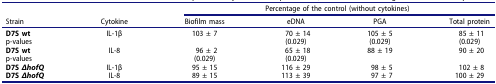
<table><thead><tr><td><b> </b></td><td><b> </b></td><td colspan="4"><b>Percentage of the control (without cytokines)</b></td></tr><tr><td><b>Strain</b></td><td><b>Cytokine</b></td><td><b>Biofilm mass</b></td><td><b>eDNA</b></td><td><b>PGA</b></td><td><b>Total protein</b></td></tr></thead><tbody><tr><td><b>D7S wt</b></td><td>IL-1β</td><td>103 ± 7</td><td>70 ± 14</td><td>105 ± 5</td><td>85 ± 11</td></tr><tr><td>p-values</td><td> </td><td> </td><td>(0.029)</td><td>(0.029)</td><td>(0.029)</td></tr><tr><td><b>D7S wt</b></td><td>IL-8</td><td>96 ± 2</td><td>65 ± 18</td><td>88 ± 19</td><td>90 ± 20</td></tr><tr><td>p-values</td><td> </td><td>(0.029)</td><td>(0.029)</td><td> </td><td> </td></tr><tr><td><b>D7S <i>ΔhofQ</i></b></td><td>IL-1β</td><td>95 ± 15</td><td>116 ± 29</td><td>98 ± 5</td><td>102 ± 8</td></tr><tr><td><b>D7S <i>ΔhofQ</i></b></td><td>IL-8</td><td>89 ± 15</td><td>113 ± 39</td><td>97 ± 7</td><td>100 ± 29</td></tr></tbody></table>